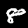
Label: 8